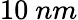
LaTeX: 10~nm